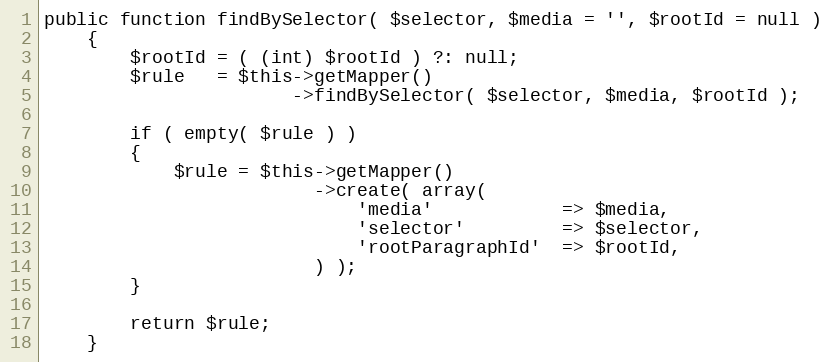
Language: PHP
public function findBySelector( $selector, $media = '', $rootId = null )
    {
        $rootId = ( (int) $rootId ) ?: null;
        $rule   = $this->getMapper()
                       ->findBySelector( $selector, $media, $rootId );

        if ( empty( $rule ) )
        {
            $rule = $this->getMapper()
                         ->create( array(
                             'media'            => $media,
                             'selector'         => $selector,
                             'rootParagraphId'  => $rootId,
                         ) );
        }

        return $rule;
    }